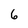
Character: 6